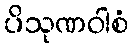
ပိသုဏဝါစံ